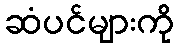
ဆံပင်များကို